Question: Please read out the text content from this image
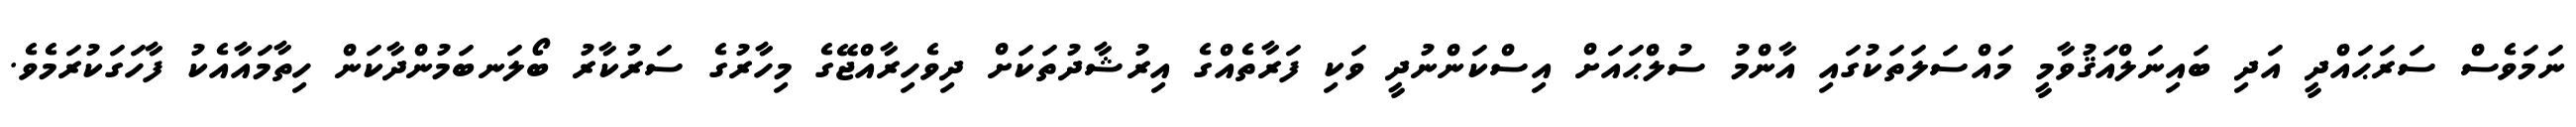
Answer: ނަމަވެސް ސަރަޙައްދީ އަދި ބައިނަލްއަޤުވާމީ މައްސަލަތަކުގައި އާންމު ސުލްޙައަށް އިސްކަންނުދީ ވަކި ފަރާތެއްގެ އިރުޝާދުތަކަށް ދިވެހިރާއްޖޭގެ މިހާރުގެ ސަރުކާރު ބޯލަނބަމުންދާކަން ހިތާމައާއެކު ފާހަގަކުރަމެވެ.